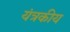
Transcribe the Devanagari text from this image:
यंत्रकीय